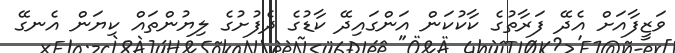
ވަޒީފާއަށް އެދޭ ފަރާތުގެ ކާކުކަން އަންގައިދޭ ކާޑުގެ ދެފުށުގެ ލިޔުންތައް ކިޔަން އެނގޭ